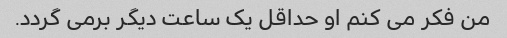
من فکر می کنم او حداقل یک ساعت دیگر برمی گردد.